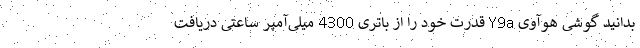
بدانید گوشی هوآوی Y9a قدرت خود را از باتری 4300 میلی‌آمپر ساعتی دریافت